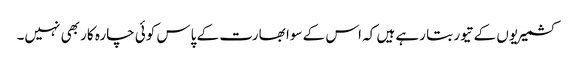
کشمیریوں کے تیور بتا رہے ہیں کہ اس کے سوا بھارت کے پاس کوئی چارہ کار بھی نہیں۔